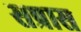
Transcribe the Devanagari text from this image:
सप्रास